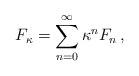
\begin{align*}\begin{aligned}F_\kappa = \sum_{n = 0}^\infty \kappa^n F_n \,,\end{aligned}\end{align*}